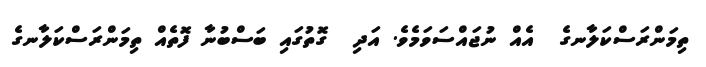
ތިމަންރަސްކަލާނގެ  އެއް ނުޖައްސަވަމެވެ. އަދި  ގޮތުގައި ބަސްބުނާ ފޮތެއް ތިމަންރަސްކަލާނގެ